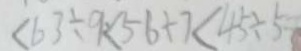
< 6 3 \div 9 < 5 6 + 7 < 4 5 \div 5